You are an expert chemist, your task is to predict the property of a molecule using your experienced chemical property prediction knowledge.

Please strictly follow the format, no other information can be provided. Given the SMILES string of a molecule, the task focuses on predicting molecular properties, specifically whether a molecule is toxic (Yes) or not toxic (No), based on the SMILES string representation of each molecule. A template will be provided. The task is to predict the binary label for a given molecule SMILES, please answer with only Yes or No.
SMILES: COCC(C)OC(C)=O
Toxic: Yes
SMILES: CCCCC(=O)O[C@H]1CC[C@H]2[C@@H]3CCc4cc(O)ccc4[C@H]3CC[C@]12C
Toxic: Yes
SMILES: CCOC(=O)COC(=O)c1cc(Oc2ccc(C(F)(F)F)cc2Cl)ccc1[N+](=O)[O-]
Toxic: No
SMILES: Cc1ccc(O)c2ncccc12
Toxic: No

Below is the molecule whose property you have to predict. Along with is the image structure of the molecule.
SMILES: CC(C)(O)c1ccc(C(C)(C)O)cc1
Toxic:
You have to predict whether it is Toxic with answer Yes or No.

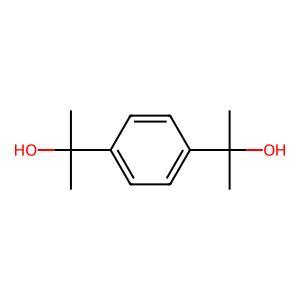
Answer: No